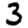
Digit: 3